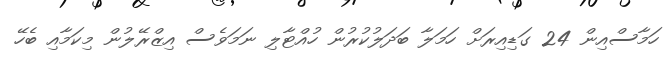
ހަމާސްއިން 24 ގަޑިއިރަށް ހަމަލާ ބަދަލުކުރުން ހުއްޓާލި ނަމަވެސް އިޒްރޭލުން މިކަމާއި ބެހޭ